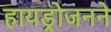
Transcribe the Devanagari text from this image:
हायड्रोजनने